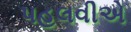
પહલવીએ